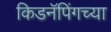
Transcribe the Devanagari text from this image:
किडनॅपिंगच्या